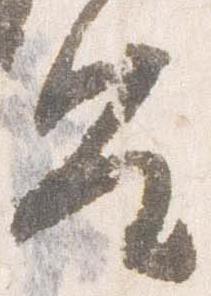
皇